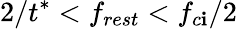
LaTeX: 2/t^{*}<f_{rest}<f_{c\mathbf{i}}/2